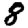
Digit: 8